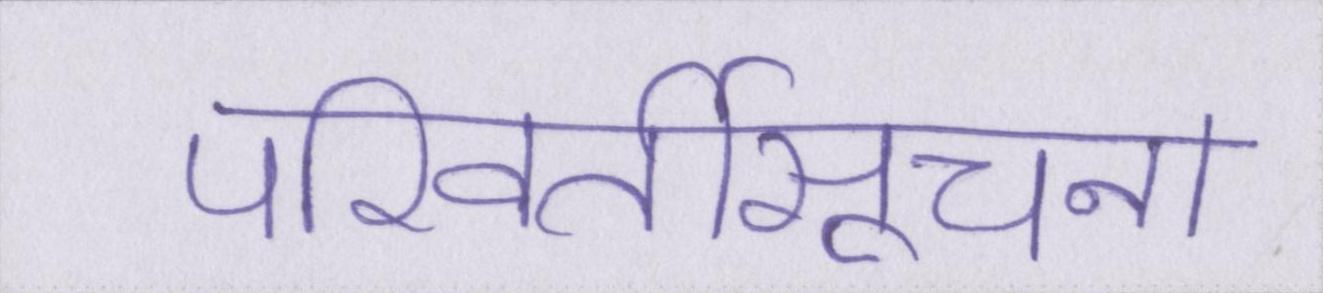
परिवर्तीसूचना